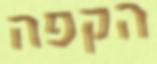
הקפה